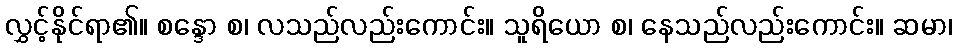
လွှင့်နိုင်ရာ၏။ စန္ဒော စ၊ လသည်လည်းကောင်း။ သူရိယော စ၊ နေသည်လည်းကောင်း။ ဆမာ၊